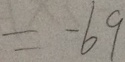
= - 6 9